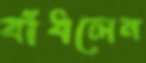
বাঁধলেন